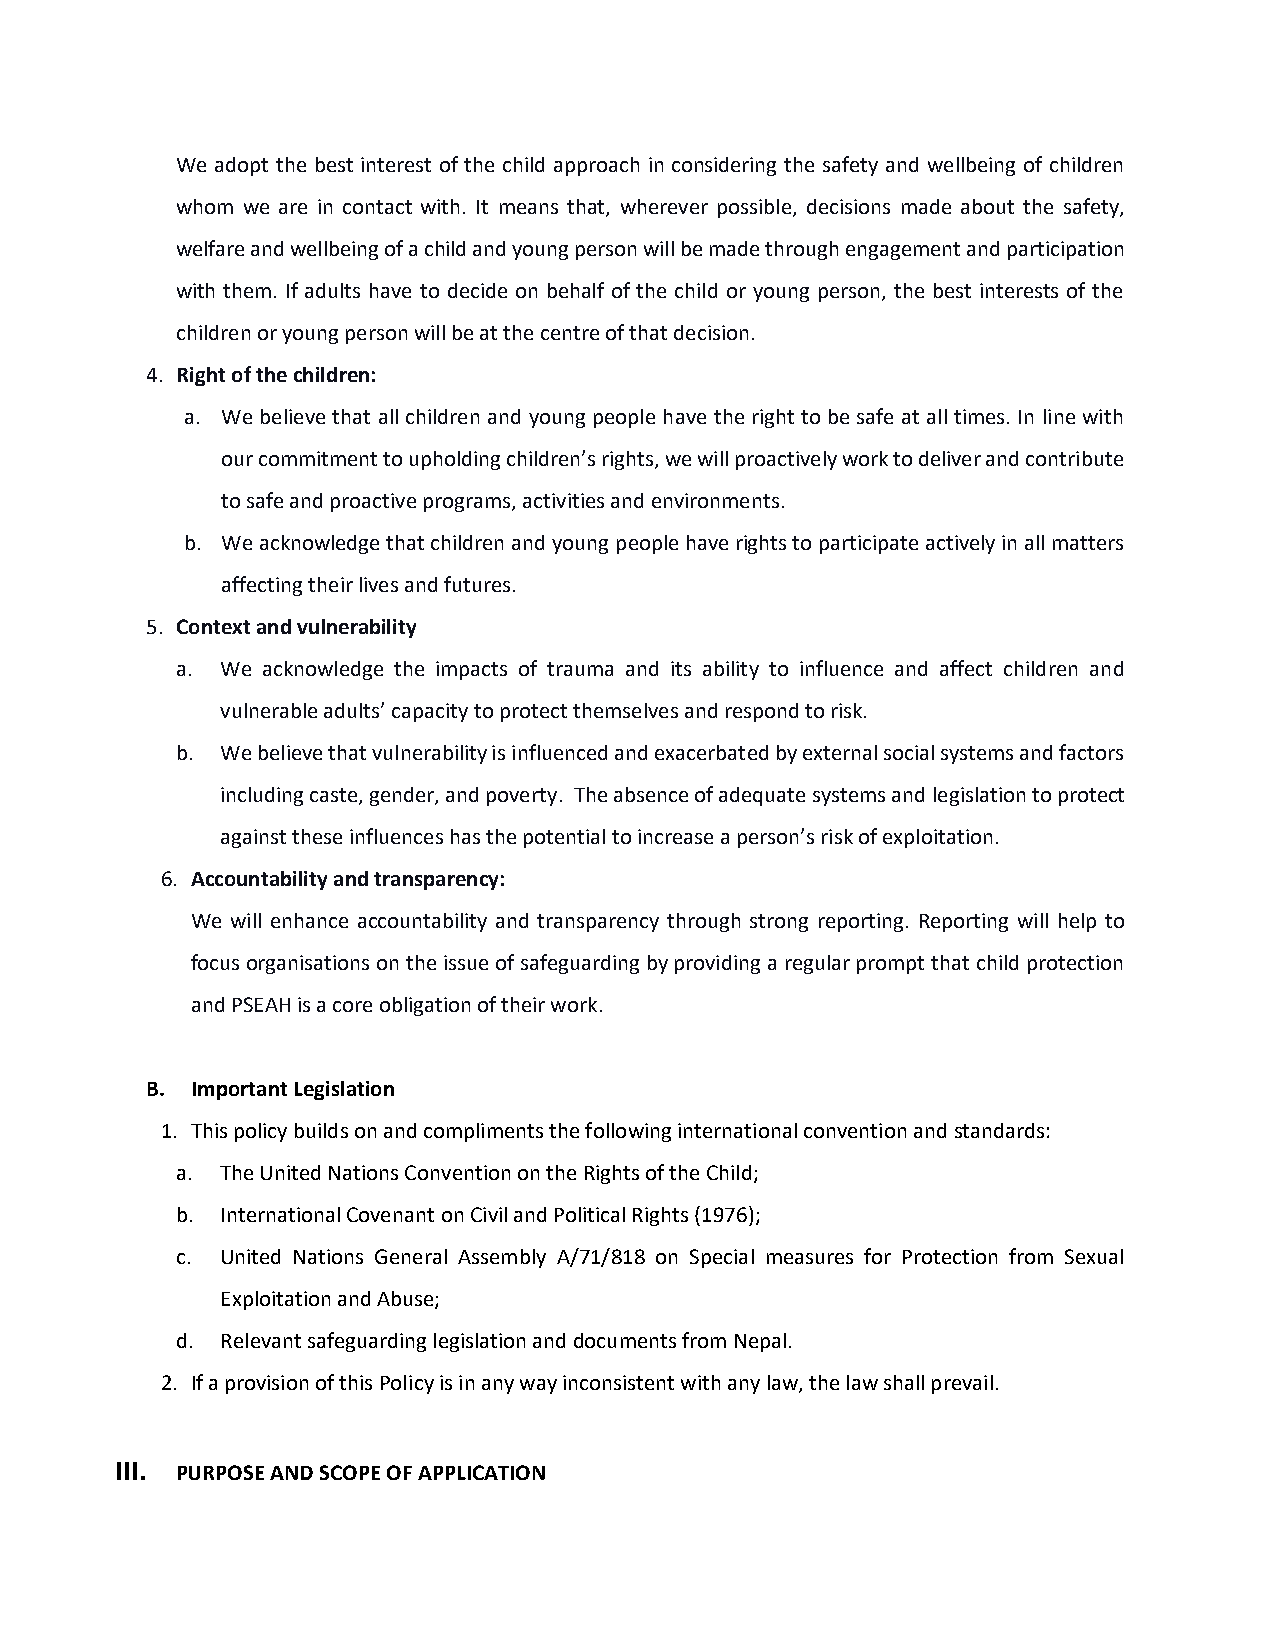
We adopt the best interest of the child approach in considering the safety and wellbeing of children
 whom we are in contact with. It means that, wherever possible, decisions made about the safety,
 welfare and wellbeing of a child and young person will be made through engagement and participation
 with them. If adults have to decide on behalf of the child or young person, the best interests of the
 children or young person will be at the centre of that decision.
 4. Right of the children:
 a. We believe that all children and young people have the right to be safe at all times. In line with
 our commitment to upholding children’s rights, we will proactively work to deliver and contribute
 to safe and proactive programs, activities and environments.
 b. We acknowledge that children and young people have rights to participate actively in all matters
 affecting their lives and futures.
 5. Context and vulnerability
 a. We acknowledge the impacts of trauma and its ability to influence and affect children and
 vulnerable adults’ capacity to protect themselves and respond to risk.
 b. We believe that vulnerability is influenced and exacerbated by external social systems and factors
 including caste, gender, and poverty. The absence of adequate systems and legislation to protect
 against these influences has the potential to increase a person’s risk of exploitation.
 6. Accountability and transparency:
 We will enhance accountability and transparency through strong reporting. Reporting will help to
 focus organisations on the issue of safeguarding by providing a regular prompt that child protection
 and PSEAH is a core obligation of their work.
 B. Important Legislation
 1. This policy builds on and compliments the following international convention and standards:
 a. The United Nations Convention on the Rights of the Child;
 b. International Covenant on Civil and Political Rights (1976);
 c. United Nations General Assembly A/71/818 on Special measures for Protection from Sexual
 Exploitation and Abuse;
 d. Relevant safeguarding legislation and documents from Nepal.
 2. If a provision of this Policy is in any way inconsistent with any law, the law shall prevail.
 III. PURPOSE AND SCOPE OF APPLICATION